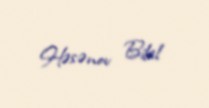
Həsənov Bilal